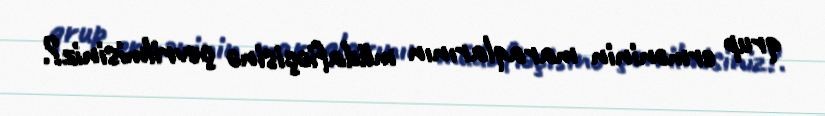
qrup erməninin maraqlarının müdafiəçisinə çevrilmisiniz?.